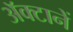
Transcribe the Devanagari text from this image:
अॅक्टानें